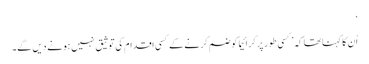
‘
اُن کا کہنا تھا کہ ’کسی طور پر کرائیما کو ضم کرنے کے کسی اقدام کی توثیق نہیں ہونے دیں گے۔